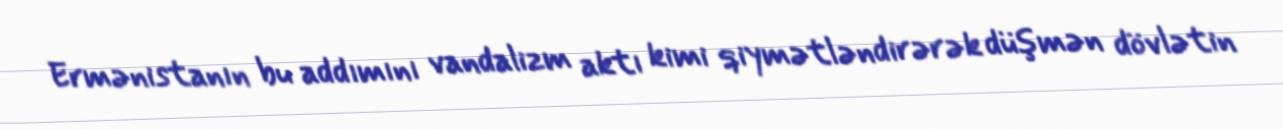
Ermənistanın bu addımını vandalizm aktı kimi qiymətləndirərək düşmən dövlətin